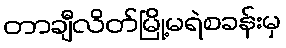
တာချီလိတ်မြို့မရဲစခန်းမှ